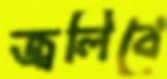
জ্বলিবে